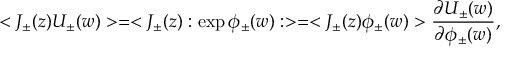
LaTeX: < J _ { \pm } ( z ) U _ { \pm } ( w ) > = < J _ { \pm } ( z ) : \exp \phi _ { \pm } ( w ) : > = < J _ { \pm } ( z ) \phi _ { \pm } ( w ) > \frac { \partial U _ { \pm } ( w ) } { \partial \phi _ { \pm } ( w ) } ,